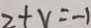
2 + v = - 1